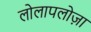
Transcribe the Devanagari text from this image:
लोलापलोज़ा